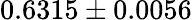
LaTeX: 0.6315\pm 0.0056